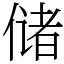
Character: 储